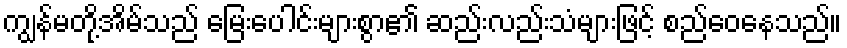
ကျွန်မတို့အိမ်သည် မြေးပေါင်းများစွာ၏ ဆည်းလည်းသံများဖြင့် စည်ဝေနေသည်။